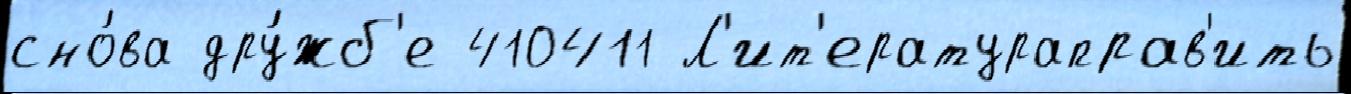
сно́ва дру́жб'е 410411 Л'ит'ератураправ'ить